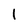
Character: l